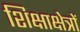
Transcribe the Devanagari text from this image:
शिक्षाक्षेत्रों